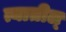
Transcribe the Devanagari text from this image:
त्यातील्